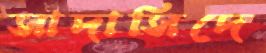
সাদাসিদে